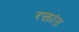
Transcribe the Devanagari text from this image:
रक्तांत